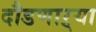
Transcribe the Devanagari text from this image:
दौडणाऱ्या